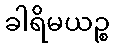
ခါရိမယဉ္စ